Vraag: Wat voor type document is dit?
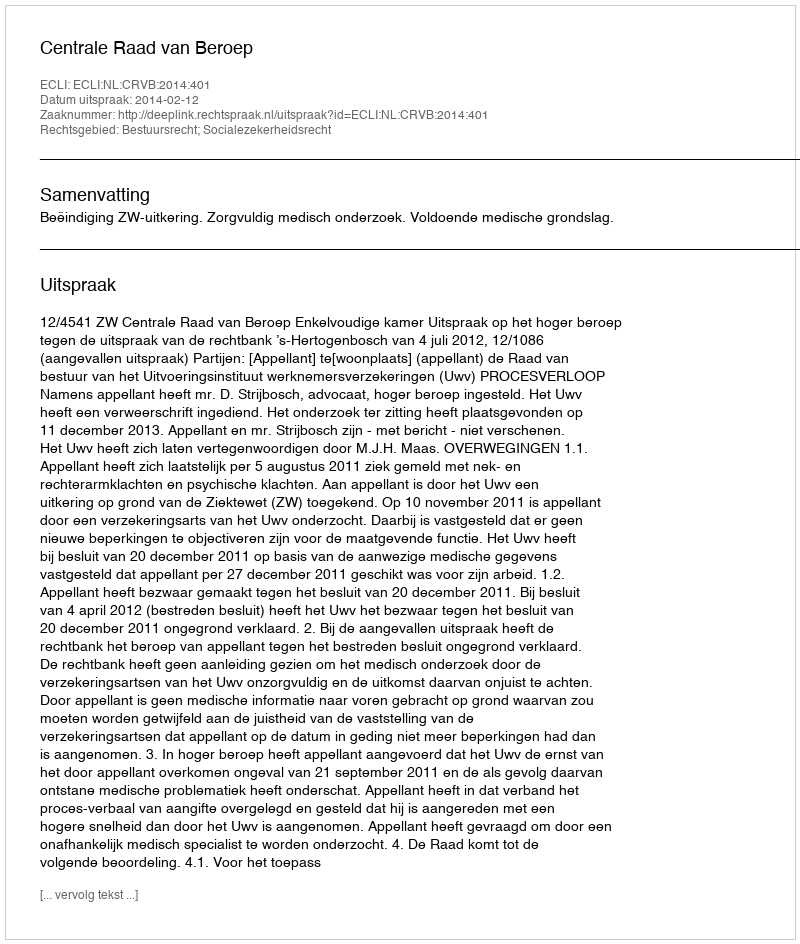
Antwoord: Uitspraak